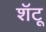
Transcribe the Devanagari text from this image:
शॅटू